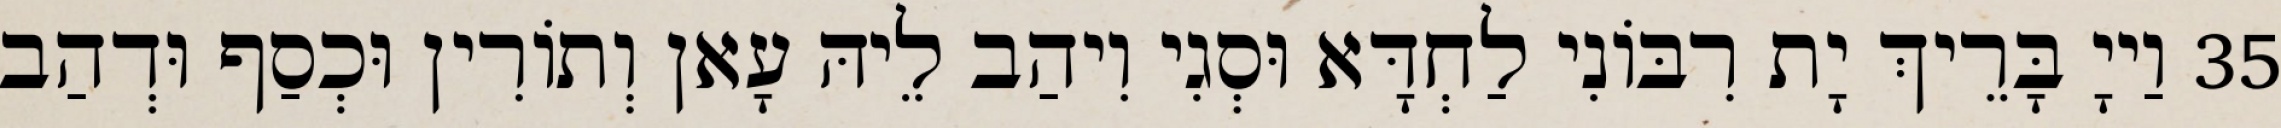
35 וַייָ בָּרֵיךְ יָת רִבּוֹנִי לַחְדָּא וּסְגִי וִיהַב לֵיהּ עָאן וְתוֹרִין וּכְסַף וּדְהַב